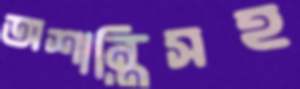
অশান্তিসহ